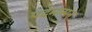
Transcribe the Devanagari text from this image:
पदमासन्